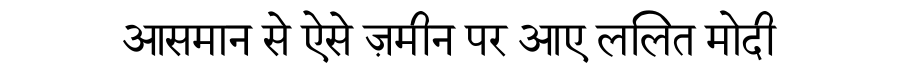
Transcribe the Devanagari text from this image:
आसमान से ऐसे ज़मीन पर आए ललित मोदी